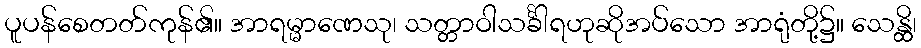
ပူပန်စေတတ်ကုန်၏။ အာရမ္မာဏေသု၊ သတ္တာဝါသင်္ခါရဟုဆိုအပ်သော အာရုံတို့၌။ သေန္ထိ၊